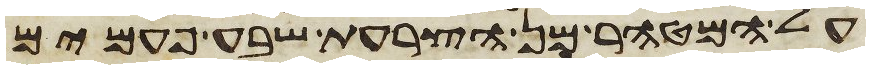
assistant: על המטהר מן הצרעת שבע פעמים